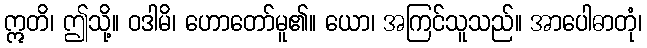
ဣတိ၊ ဤသို့။ ဝဒါမိ၊ ဟောတော်မူ၏။ ယော၊ အကြင်သူသည်။ အာပေါဓာတုံ၊